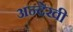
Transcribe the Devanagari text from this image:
अन्देखी